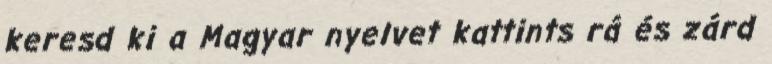
keresd ki a Magyar nyelvet kattints rá és zárd